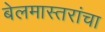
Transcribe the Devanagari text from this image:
बेलमास्तरांचा